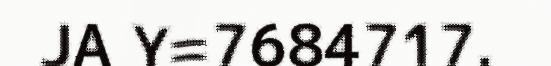
JA Y=7684717.